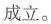
成立。